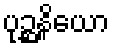
ပုဉ္ဆနိယော